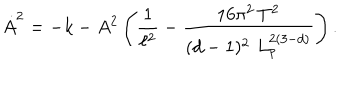
\dot { A } ^ { 2 } = - k - A ^ { 2 } \left( \frac { 1 } { \ell ^ { 2 } } - \frac { 1 6 \pi ^ { 2 } \, T ^ { 2 } } { ( d - 1 ) ^ { 2 } \, \, L _ { p } ^ { 2 ( 3 - d ) } } \right) .